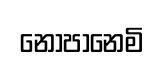
නොපානෙමි